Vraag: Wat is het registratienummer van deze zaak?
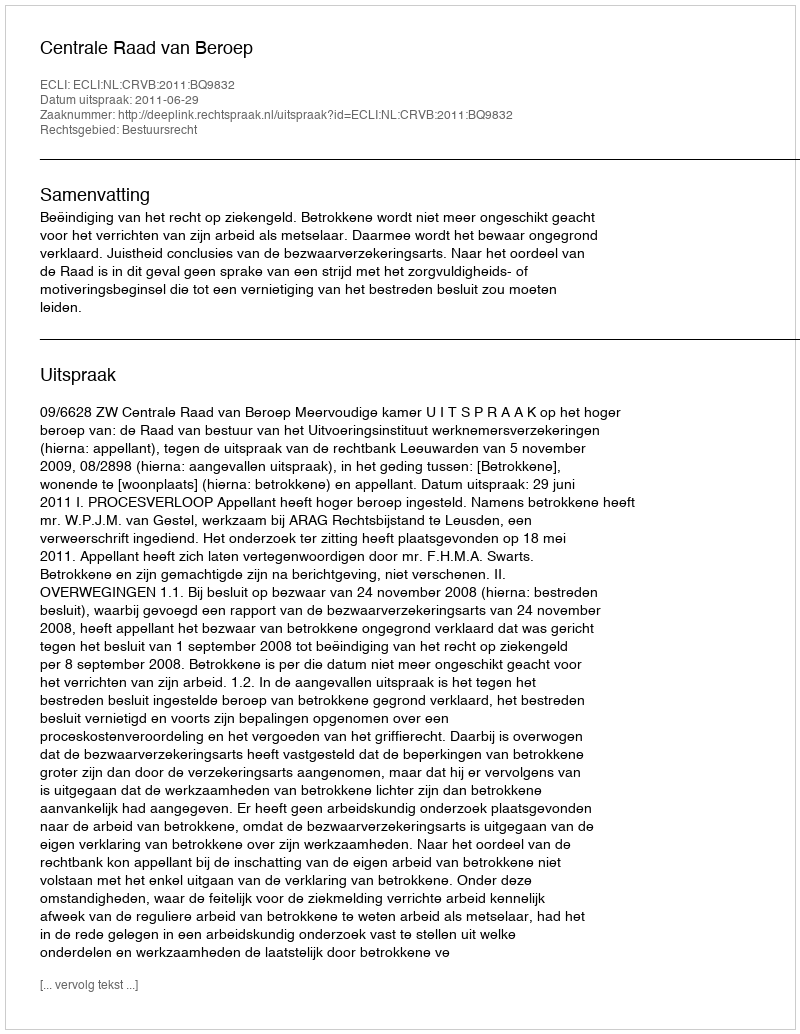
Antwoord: http://deeplink.rechtspraak.nl/uitspraak?id=ECLI:NL:CRVB:2011:BQ9832